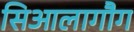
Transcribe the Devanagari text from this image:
सिआलागौग